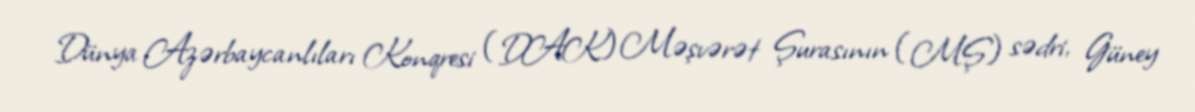
Dünya Azərbaycanlıları Konqresi (DAK) Məşvərət Şurasının (MŞ) sədri, Güney